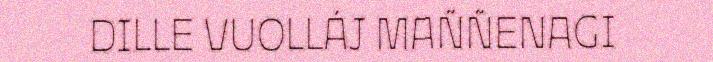
DILLE VUOLLÁJ MAÑÑENAGI